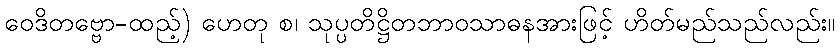
ဝေဒိတဗ္ဗော-ထည့်) ဟေတု စ၊ သုပ္ပတိဋ္ဌိတဘာဝသာဓနအားဖြင့် ဟိတ်မည်သည်လည်း။